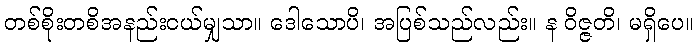
တစ်စိုးတစိအနည်းငယ်မျှသာ။ ဒေါသောပိ၊ အပြစ်သည်လည်း။ န ဝိဇ္ဇတိ၊ မရှိပေ။